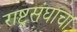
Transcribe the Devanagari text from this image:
राष्ट्रसंघाचा